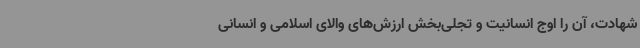
شهادت، آن را اوج انسانیت و تجلی‌بخش ارزش‌های والای اسلامی و انسانی